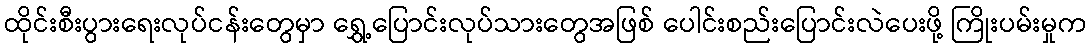
ထိုင်းစီးပွားရေးလုပ်ငန်းတွေမှာ ရွှေ့ပြောင်းလုပ်သားတွေအဖြစ် ပေါင်းစည်းပြောင်းလဲပေးဖို့ ကြိုးပမ်းမှုက